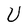
Character: U